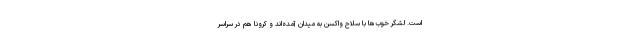
است. لشگر خوب‌ها با سلاح واکسن به میدان آمده‌اند و کرونا هم در سراسر